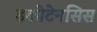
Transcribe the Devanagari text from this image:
डकोटेनसिस